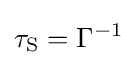
\tau _{\text{S}}=\Gamma ^{-1}